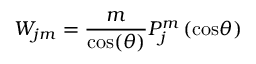
W _ { j m } = \frac { m } { \mathrm { c o s } ( \theta ) } P _ { j } ^ { m } \left( \mathrm { c o s } \theta \right)